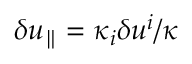
\delta u _ { \parallel } = \kappa _ { i } \delta u ^ { i } / \kappa